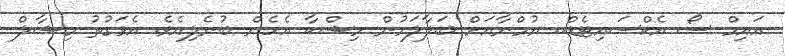
އައިމް ސޯ އެކްސައިޓެޑް.. ޔުމްނާއަށް ބަލާލަމުން މިޝްކާ އެހެން ބުނެލިއެވެ. އެވަގުތު މިޝާލް